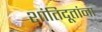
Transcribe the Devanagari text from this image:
शांतिदूतांना